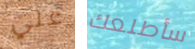
علي سأطلعك